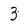
Character: 3